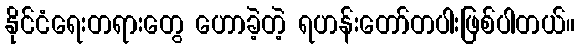
နိုင်ငံရေးတရားတွေ ဟောခဲ့တဲ့ ရဟန်းတော်တပါးဖြစ်ပါတယ်။